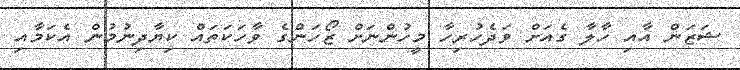
ޝަޒަން އާއި ހާލާ ގެއަށް ވަދެހުރިހާ މީހުންނަށް ޒޯހަންގެ ވާހަކަތައް ކިޔާދިނުމުން އެކަމާއި